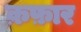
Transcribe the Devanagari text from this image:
क़फ़ार